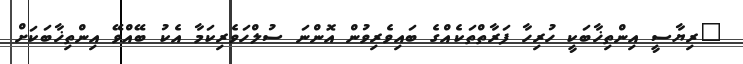
"ރިޔާސީ އިންތިޚާބަކީ ހުރިހާ ފަރާތްތަކެއްގެ ބައިވެރިވުން އޮންނަ ސުލްހަވެރިކަމާ އެކު ބޭއްވޭ އިންތިޚާބަކަށް